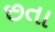
છતા